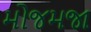
મોજમજા